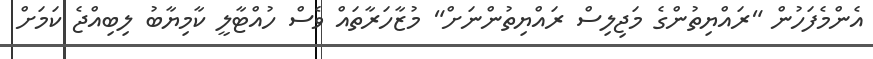
އެންމެފަހުން "ރައްޔިތުންގެ މަޖިލިސް ރައްޔިތުންނަށް" މުޒާހަރާތައް ވެސް ހުއްޓާލީ ކާމިޔާބު ލިބިއްޖެ ކަމަށް